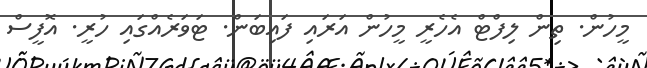
މީހުން. ތިން ލިފްޓް އެހެރީ މީހުން އަރައި ފައިބަން. ޓަވަރެއްގައި ހުރީ. އޮފީސް